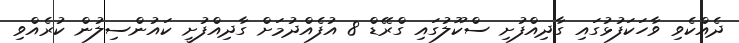
ދެއްކެވި ވާހަކަފުޅުގައި ގާދިއްފުށި ސްކޫލުގައި ގްރޭޑް 8 އުފެއްދުމަށް ގާދިއްފުށީ ކައުންސިލުން ކުރެއްވި